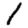
Digit: 1